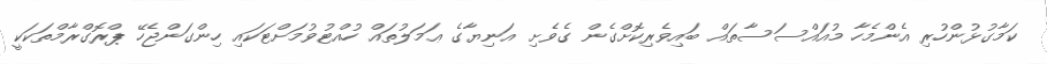
ކަމާގުޅުންހުރި އެންމެހާ މުއައްސަސާތައް ބައިވެރިކޮށްގެން ގެވެށި އަނިޔާގެ ޢަމަލުތައް ހުއްޓުވުމަށްޓަކައި ހިންގަންޖެހޭ ޕްރޮގްރާމްތަކަކީ